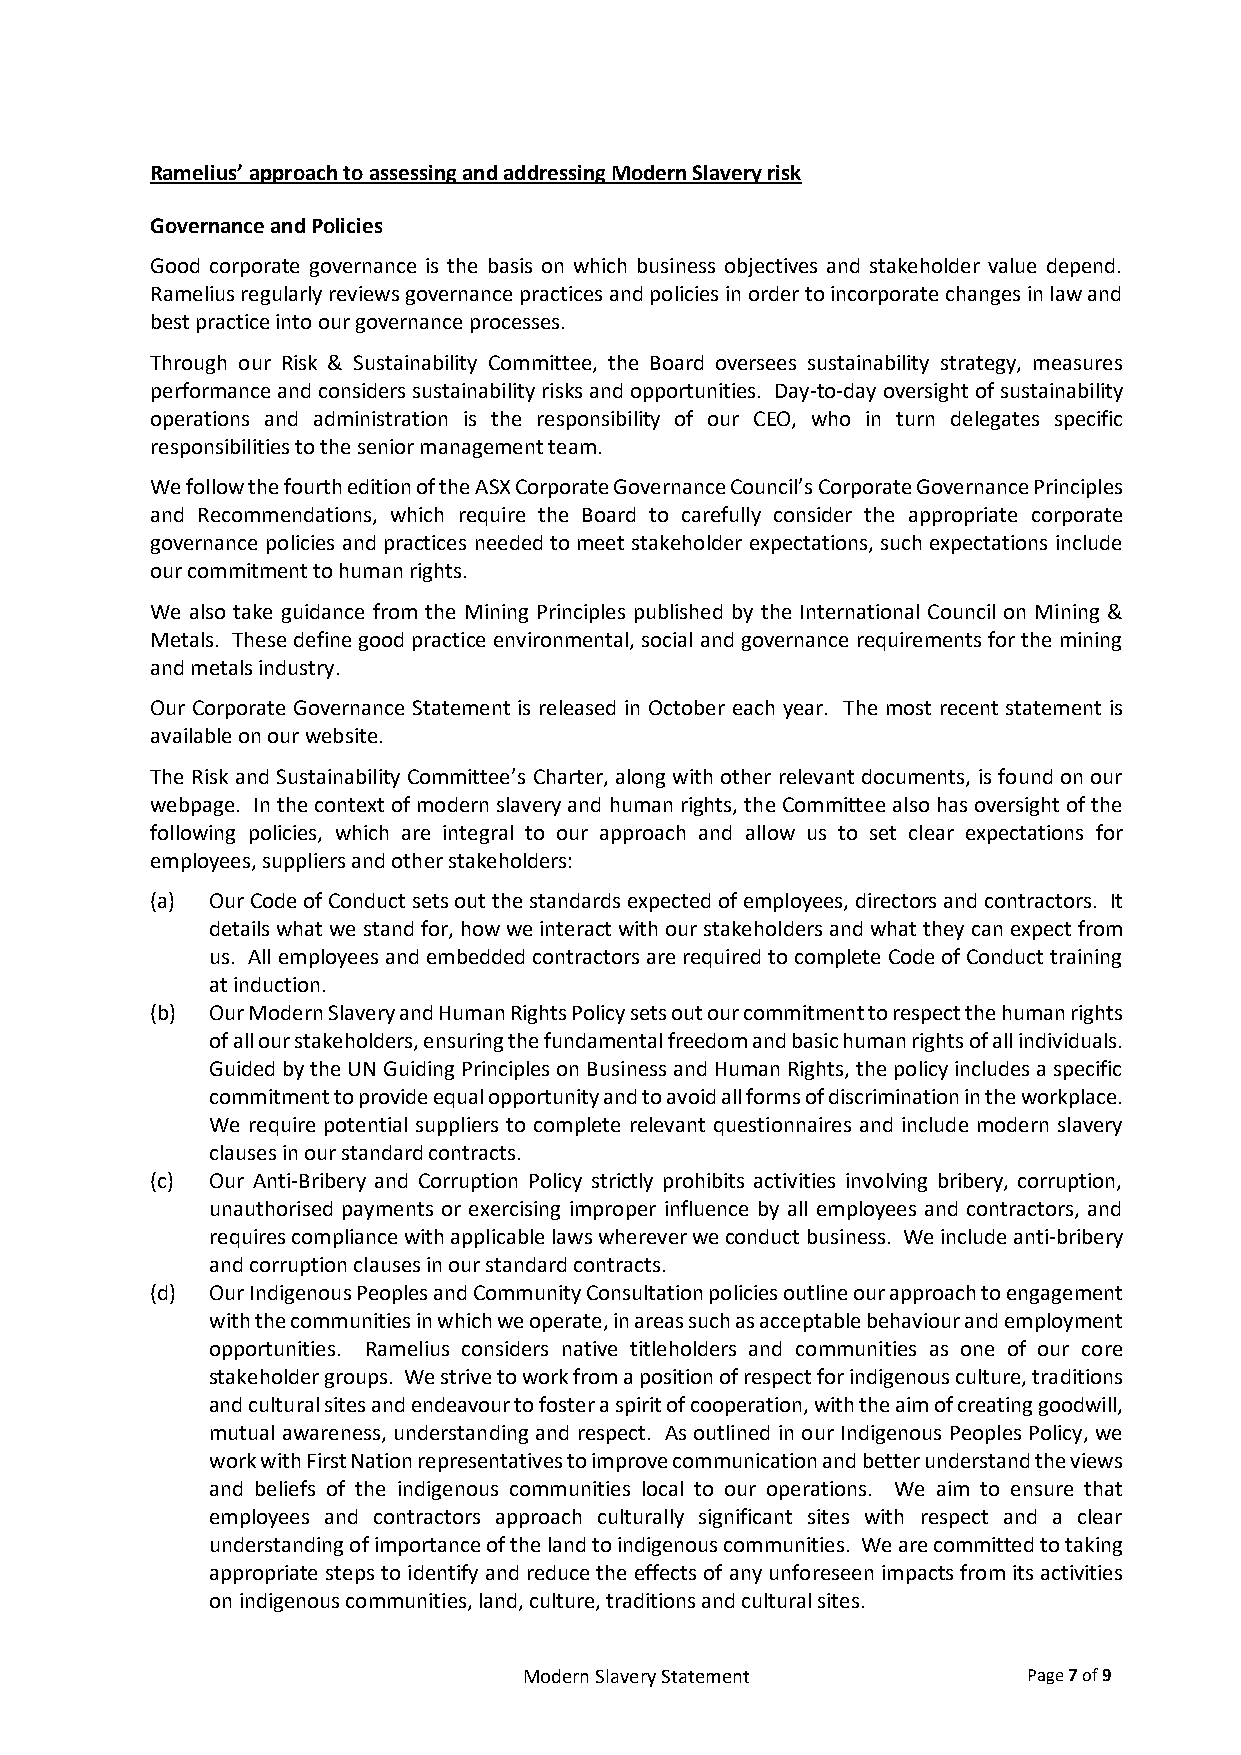
Ramelius’ approach to assessing and addressing Modern Slavery risk
 Governance and Policies
 Good corporate governance is the basis on which business objectives and stakeholder value depend.
 Ramelius regularly reviews governance practices and policies in order to incorporate changes in law and
 best practice into our governance processes.
 Through our Risk & Sustainability Committee, the Board oversees sustainability strategy, measures
 performance and considers sustainability risks and opportunities. Day-to-day oversight of sustainability
 operations and administration is the responsibility of our CEO, who in turn delegates specific
 responsibilities to the senior management team.
 We follow the fourth edition of the ASX Corporate Governance Council’s Corporate Governance Principles
 and Recommendations, which require the Board to carefully consider the appropriate corporate
 governance policies and practices needed to meet stakeholder expectations, such expectations include
 our commitment to human rights.
 We also take guidance from the Mining Principles published by the International Council on Mining &
 Metals. These define good practice environmental, social and governance requirements for the mining
 and metals industry.
 Our Corporate Governance Statement is released in October each year. The most recent statement is
 available on our website.
 The Risk and Sustainability Committee’s Charter, along with other relevant documents, is found on our
 webpage. In the context of modern slavery and human rights, the Committee also has oversight of the
 following policies, which are integral to our approach and allow us to set clear expectations for
 employees, suppliers and other stakeholders:
 (a) Our Code of Conduct sets out the standards expected of employees, directors and contractors. It
 details what we stand for, how we interact with our stakeholders and what they can expect from
 us. All employees and embedded contractors are required to complete Code of Conduct training
 at induction.
 (b) Our Modern Slavery and Human Rights Policy sets out our commitment to respect the human rights
 of all our stakeholders, ensuring the fundamental freedom and basic human rights of all individuals.
 Guided by the UN Guiding Principles on Business and Human Rights, the policy includes a specific
 commitment to provide equal opportunity and to avoid all forms of discrimination in the workplace.
 We require potential suppliers to complete relevant questionnaires and include modern slavery
 clauses in our standard contracts.
 (c) Our Anti-Bribery and Corruption Policy strictly prohibits activities involving bribery, corruption,
 unauthorised payments or exercising improper influence by all employees and contractors, and
 requires compliance with applicable laws wherever we conduct business. We include anti-bribery
 and corruption clauses in our standard contracts.
 (d) Our Indigenous Peoples and Community Consultation policies outline our approach to engagement
 with the communities in which we operate, in areas such as acceptable behaviour and employment
 opportunities. Ramelius considers native titleholders and communities as one of our core
 stakeholder groups. We strive to work from a position of respect for indigenous culture, traditions
 and cultural sites and endeavour to foster a spirit of cooperation, with the aim of creating goodwill,
 mutual awareness, understanding and respect. As outlined in our Indigenous Peoples Policy, we
 work with First Nation representatives to improve communication and better understand the views
 and beliefs of the indigenous communities local to our operations. We aim to ensure that
 employees and contractors approach culturally significant sites with respect and a clear
 understanding of importance of the land to indigenous communities. We are committed to taking
 appropriate steps to identify and reduce the effects of any unforeseen impacts from its activities
 on indigenous communities, land, culture, traditions and cultural sites.
 Modern Slavery Statement         Page 7 of 9